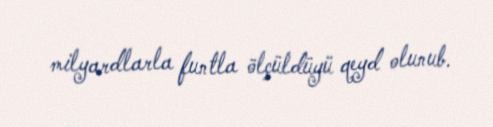
milyardlarla funtla ölçüldüyü qeyd olunub.